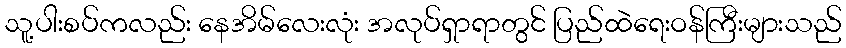
သူ့ပါးစပ်ကလည်း နေအိမ်လေးလုံး အလုပ်ရှာရာတွင် ပြည်ထဲရေးဝန်ကြီးများသည်